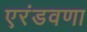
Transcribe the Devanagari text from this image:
एरंडवणा